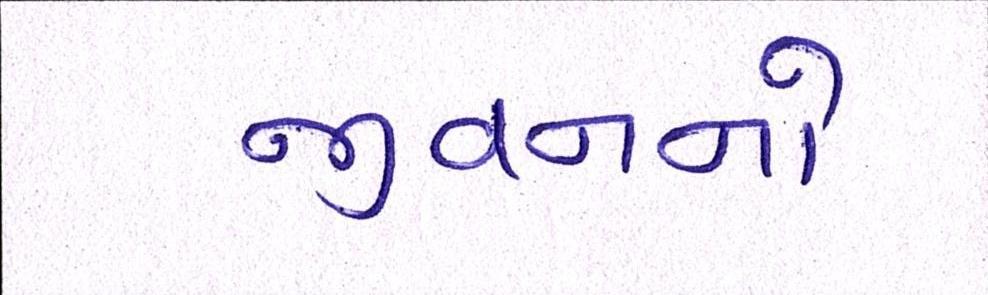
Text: જીવનનો